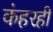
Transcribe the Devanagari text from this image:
कंहरही